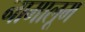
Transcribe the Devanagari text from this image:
नामालूम